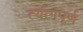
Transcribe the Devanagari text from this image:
त्यागपूर्ण